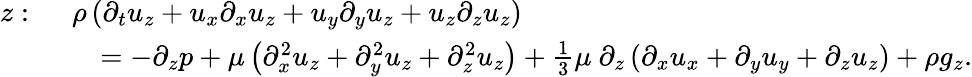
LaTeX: {\begin{array}{rl}{z:\ }&{\rho\left({\partial_{t}u_{z}}+u_{x}{\partial_{x}u_{z}}+u_{y}{\partial_{y}u_{z}}+u_{z}{\partial_{z}u_{z}}\right)}\\ &{\quad=-{\partial_{z}p}+\mu\left({\partial_{x}^{2}u_{z}}+{\partial_{y}^{2}u_{z}}+{\partial_{z}^{2}u_{z}}\right)+{\frac{1}{3}}\mu\ \partial_{z}\left({\partial_{x}u_{x}}+{\partial_{y}u_{y}}+{\partial_{z}u_{z}}\right)+\rho g_{z}.}\end{array}}